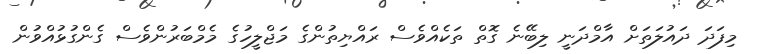
މިފަދަ ދައުލަތަށް އާމްދަނީ ލިބޭނެ ގޮތް ތަކެއްވެސް ރައްޔިތުންގެ މަޖްލީހުގެ މެމްބަރުންވެސް ގެންގުޅުއްވުން